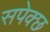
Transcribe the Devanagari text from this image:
सपेक्छ